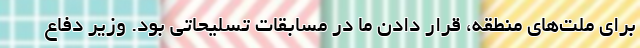
برای ملت‌های منطقه، قرار دادن ما در مسابقات تسلیحاتی بود. وزیر دفاع